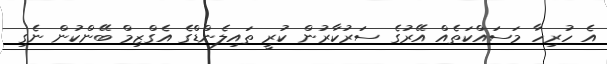
އެ ހުރިހާ މަސައްކަތެއް އޭރުގެ ސަރުކާރުން ކުރީ ތައިލެންޑްގެ އެގްޒިމް ބޭންކުން ނެގި